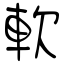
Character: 軟